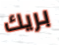
بريك